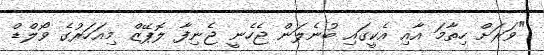
"ވަރަށް ހިތާމަ އާއި އެކީގައި ބުނެލަން ޖެހެނީ ޖެނިފާ ލޮޕޭޒް މިއަހަރުގެ ވޯލްޑް